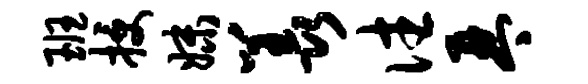
班授妹羡往琴